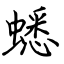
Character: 蟋